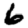
Digit: 6